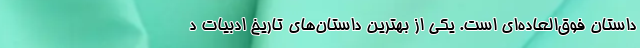
داستان فوق‌العاده‌ای است. یکی از بهترین داستان‌های تاریخ ادبیات د